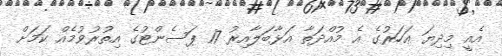
އެއީ މިދިޔަ އަހަރުގެ އެ މުއްދަތާ އަޅާބަލާއިރު 17 ޕަސެންޓުގެ އިތުރުވުމެއް ކަމަށް